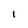
Character: I